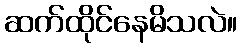
ဆက်ထိုင်နေမိသလဲ။